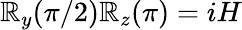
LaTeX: \mathbb{R}_{y}(\pi/2)\mathbb{R}_{z}(\pi)=iH